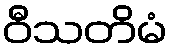
ဝီသတိမံ